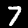
Digit: 7